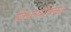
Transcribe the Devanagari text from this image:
शिधापत्रिका